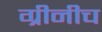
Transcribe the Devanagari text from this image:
ग्रीनीच